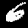
Digit: 6